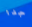
جدا